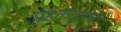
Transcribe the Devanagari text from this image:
पहलेटोरंटो